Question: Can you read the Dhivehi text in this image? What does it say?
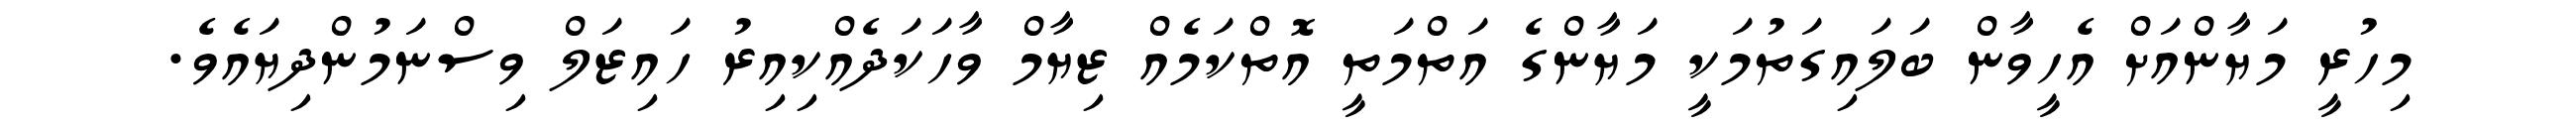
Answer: މިހުރީ މަޔާންއަށް އެހީވާން ބަލައިގަތުމަކީ މަޔާންގެ އަތްމަތީ އޮތްކަމެއް ޒިޔާމް ވާހަކަދެއްކިއިރު ހައިޒަލް ވިސްނަމުންދިޔައެވެ.